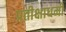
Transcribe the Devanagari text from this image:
प्रतीक्षाधर्मी